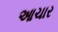
આચાર